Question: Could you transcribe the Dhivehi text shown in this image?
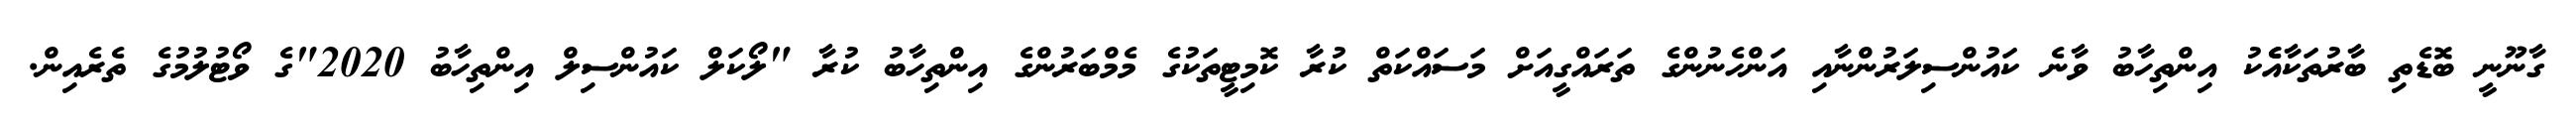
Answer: ގާނޫނީ ބޮޑެތި ބާރުތަކާއެެކު އިންތިހާބު ވާނެ ކައުންސިލަރުންނާއި އަންހެނުންގެ ތަރައްގީއަށް މަސައްކަތް ކުރާ ކޮމިޓީތަކުގެ މެމްބަރުންގެ އިންތިހާބު ކުރާ "ލޯކަލް ކައުންސިލް އިންތިހާބު 2020"ގެ ވޯޓުލުމުގެ ތެރެއިން.